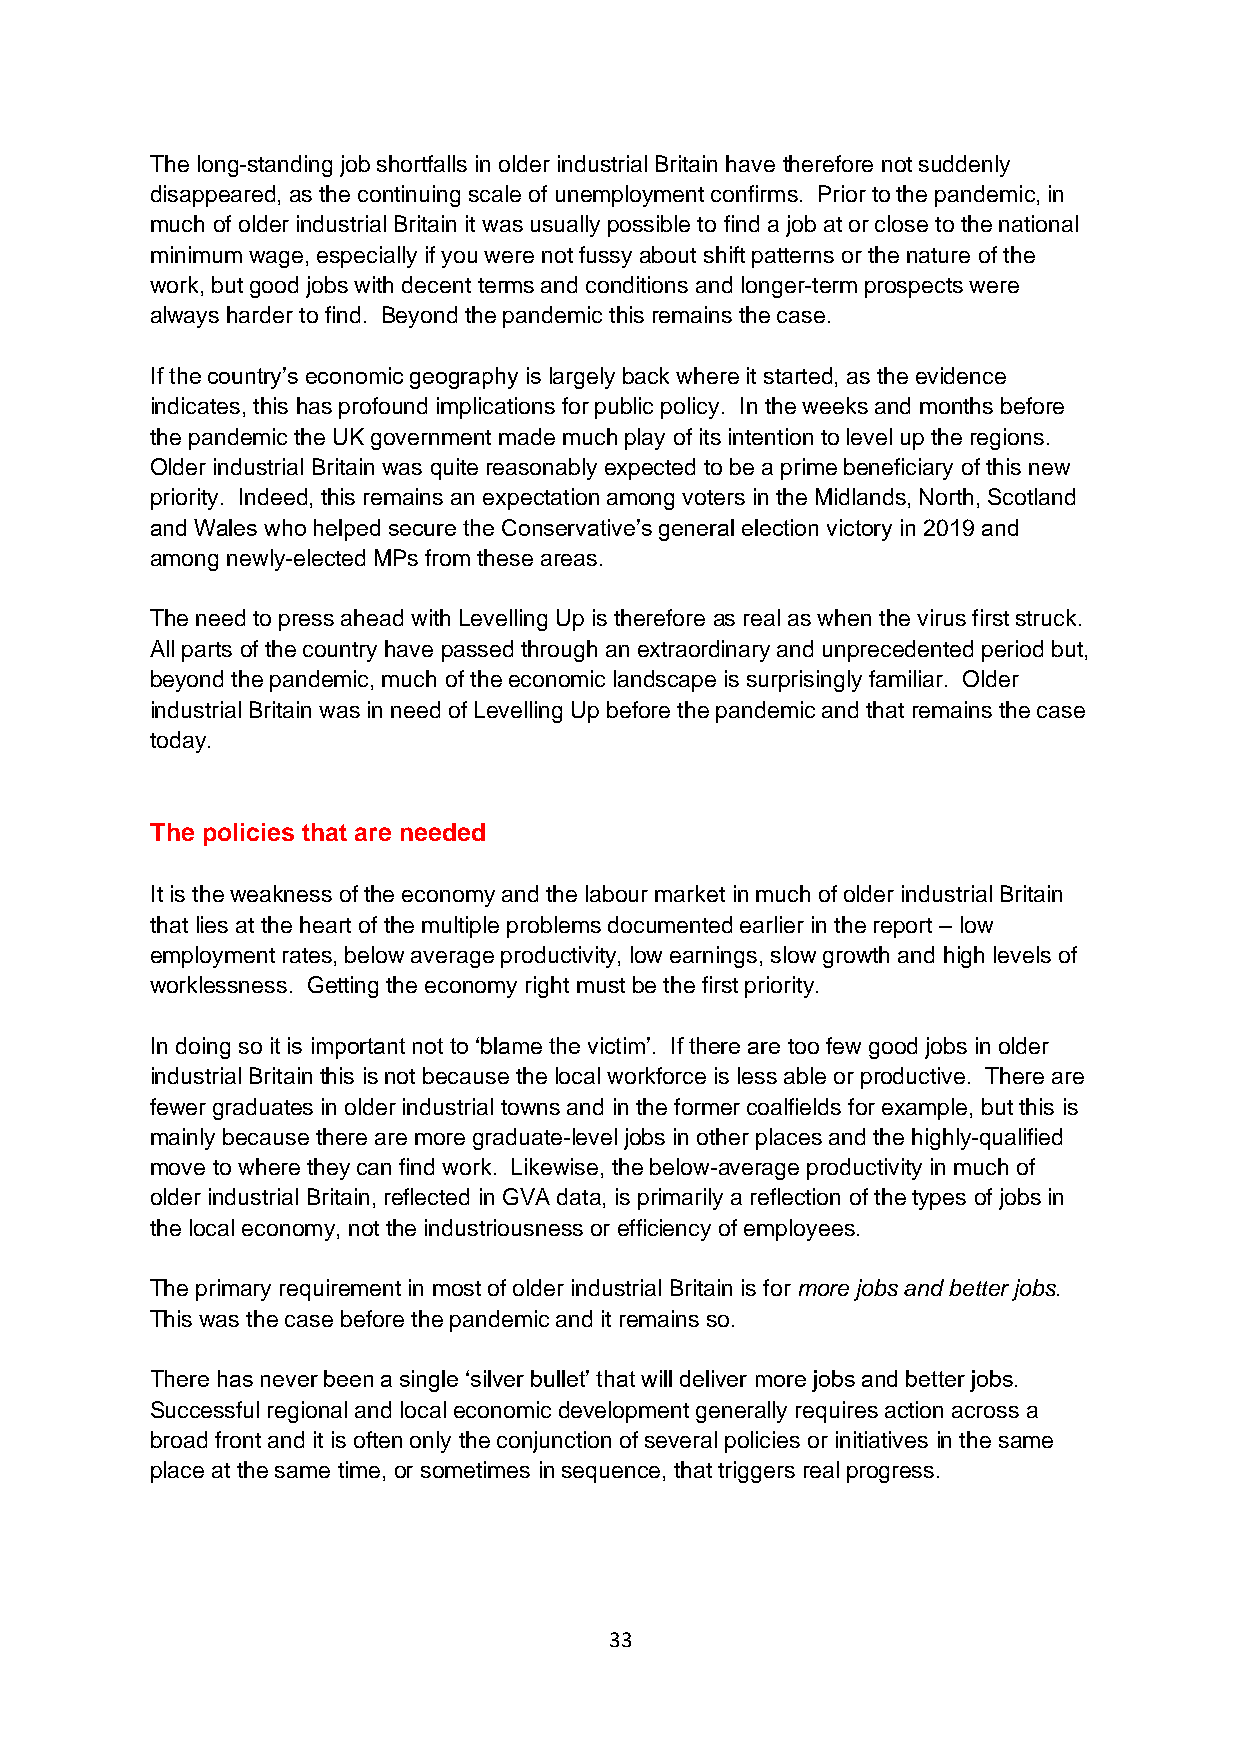
The long-standing job shortfalls in older industrial Britain have therefore not suddenly
 disappeared, as the continuing scale of unemployment confirms. Prior to the pandemic, in
 much of older industrial Britain it was usually possible to find a job at or close to the national
 minimum wage, especially if you were not fussy about shift patterns or the nature of the
 work, but good jobs with decent terms and conditions and longer-term prospects were
 always harder to find. Beyond the pandemic this remains the case.
 If the country’s economic geography is largely back where it started, as the evidence
 indicates, this has profound implications for public policy. In the weeks and months before
 the pandemic the UK government made much play of its intention to level up the regions.
 Older industrial Britain was quite reasonably expected to be a prime beneficiary of this new
 priority. Indeed, this remains an expectation among voters in the Midlands, North, Scotland
 and Wales who helped secure the Conservative’s general election victory in 2019 and
 among newly-elected MPs from these areas.
 The need to press ahead with Levelling Up is therefore as real as when the virus first struck.
 All parts of the country have passed through an extraordinary and unprecedented period but,
 beyond the pandemic, much of the economic landscape is surprisingly familiar. Older
 industrial Britain was in need of Levelling Up before the pandemic and that remains the case
 today.
 The policies that are needed
 It is the weakness of the economy and the labour market in much of older industrial Britain
 that lies at the heart of the multiple problems documented earlier in the report – low
 employment rates, below average productivity, low earnings, slow growth and high levels of
 worklessness. Getting the economy right must be the first priority.
 In doing so it is important not to ‘blame the victim’. If there are too few good jobs in older
 industrial Britain this is not because the local workforce is less able or productive. There are
 fewer graduates in older industrial towns and in the former coalfields for example, but this is
 mainly because there are more graduate-level jobs in other places and the highly-qualified
 move to where they can find work. Likewise, the below-average productivity in much of
 older industrial Britain, reflected in GVA data, is primarily a reflection of the types of jobs in
 the local economy, not the industriousness or efficiency of employees.
 The primary requirement in most of older industrial Britain is for more jobs and better jobs.
 This was the case before the pandemic and it remains so.
 There has never been a single ‘silver bullet’ that will deliver more jobs and better jobs.
 Successful regional and local economic development generally requires action across a
 broad front and it is often only the conjunction of several policies or initiatives in the same
 place at the same time, or sometimes in sequence, that triggers real progress.
 33